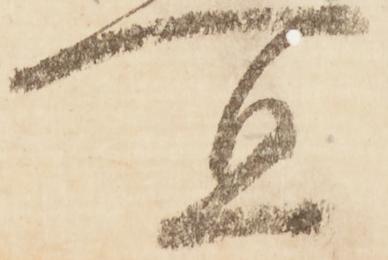
宜